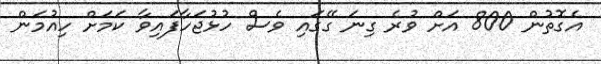
އެގޮތުން 800 އަށް ވުރެ ގިނަ ގޭގައި ވެސް ހުޅުޖަހާފައިވާ ކަމަށް ހިއުމަން